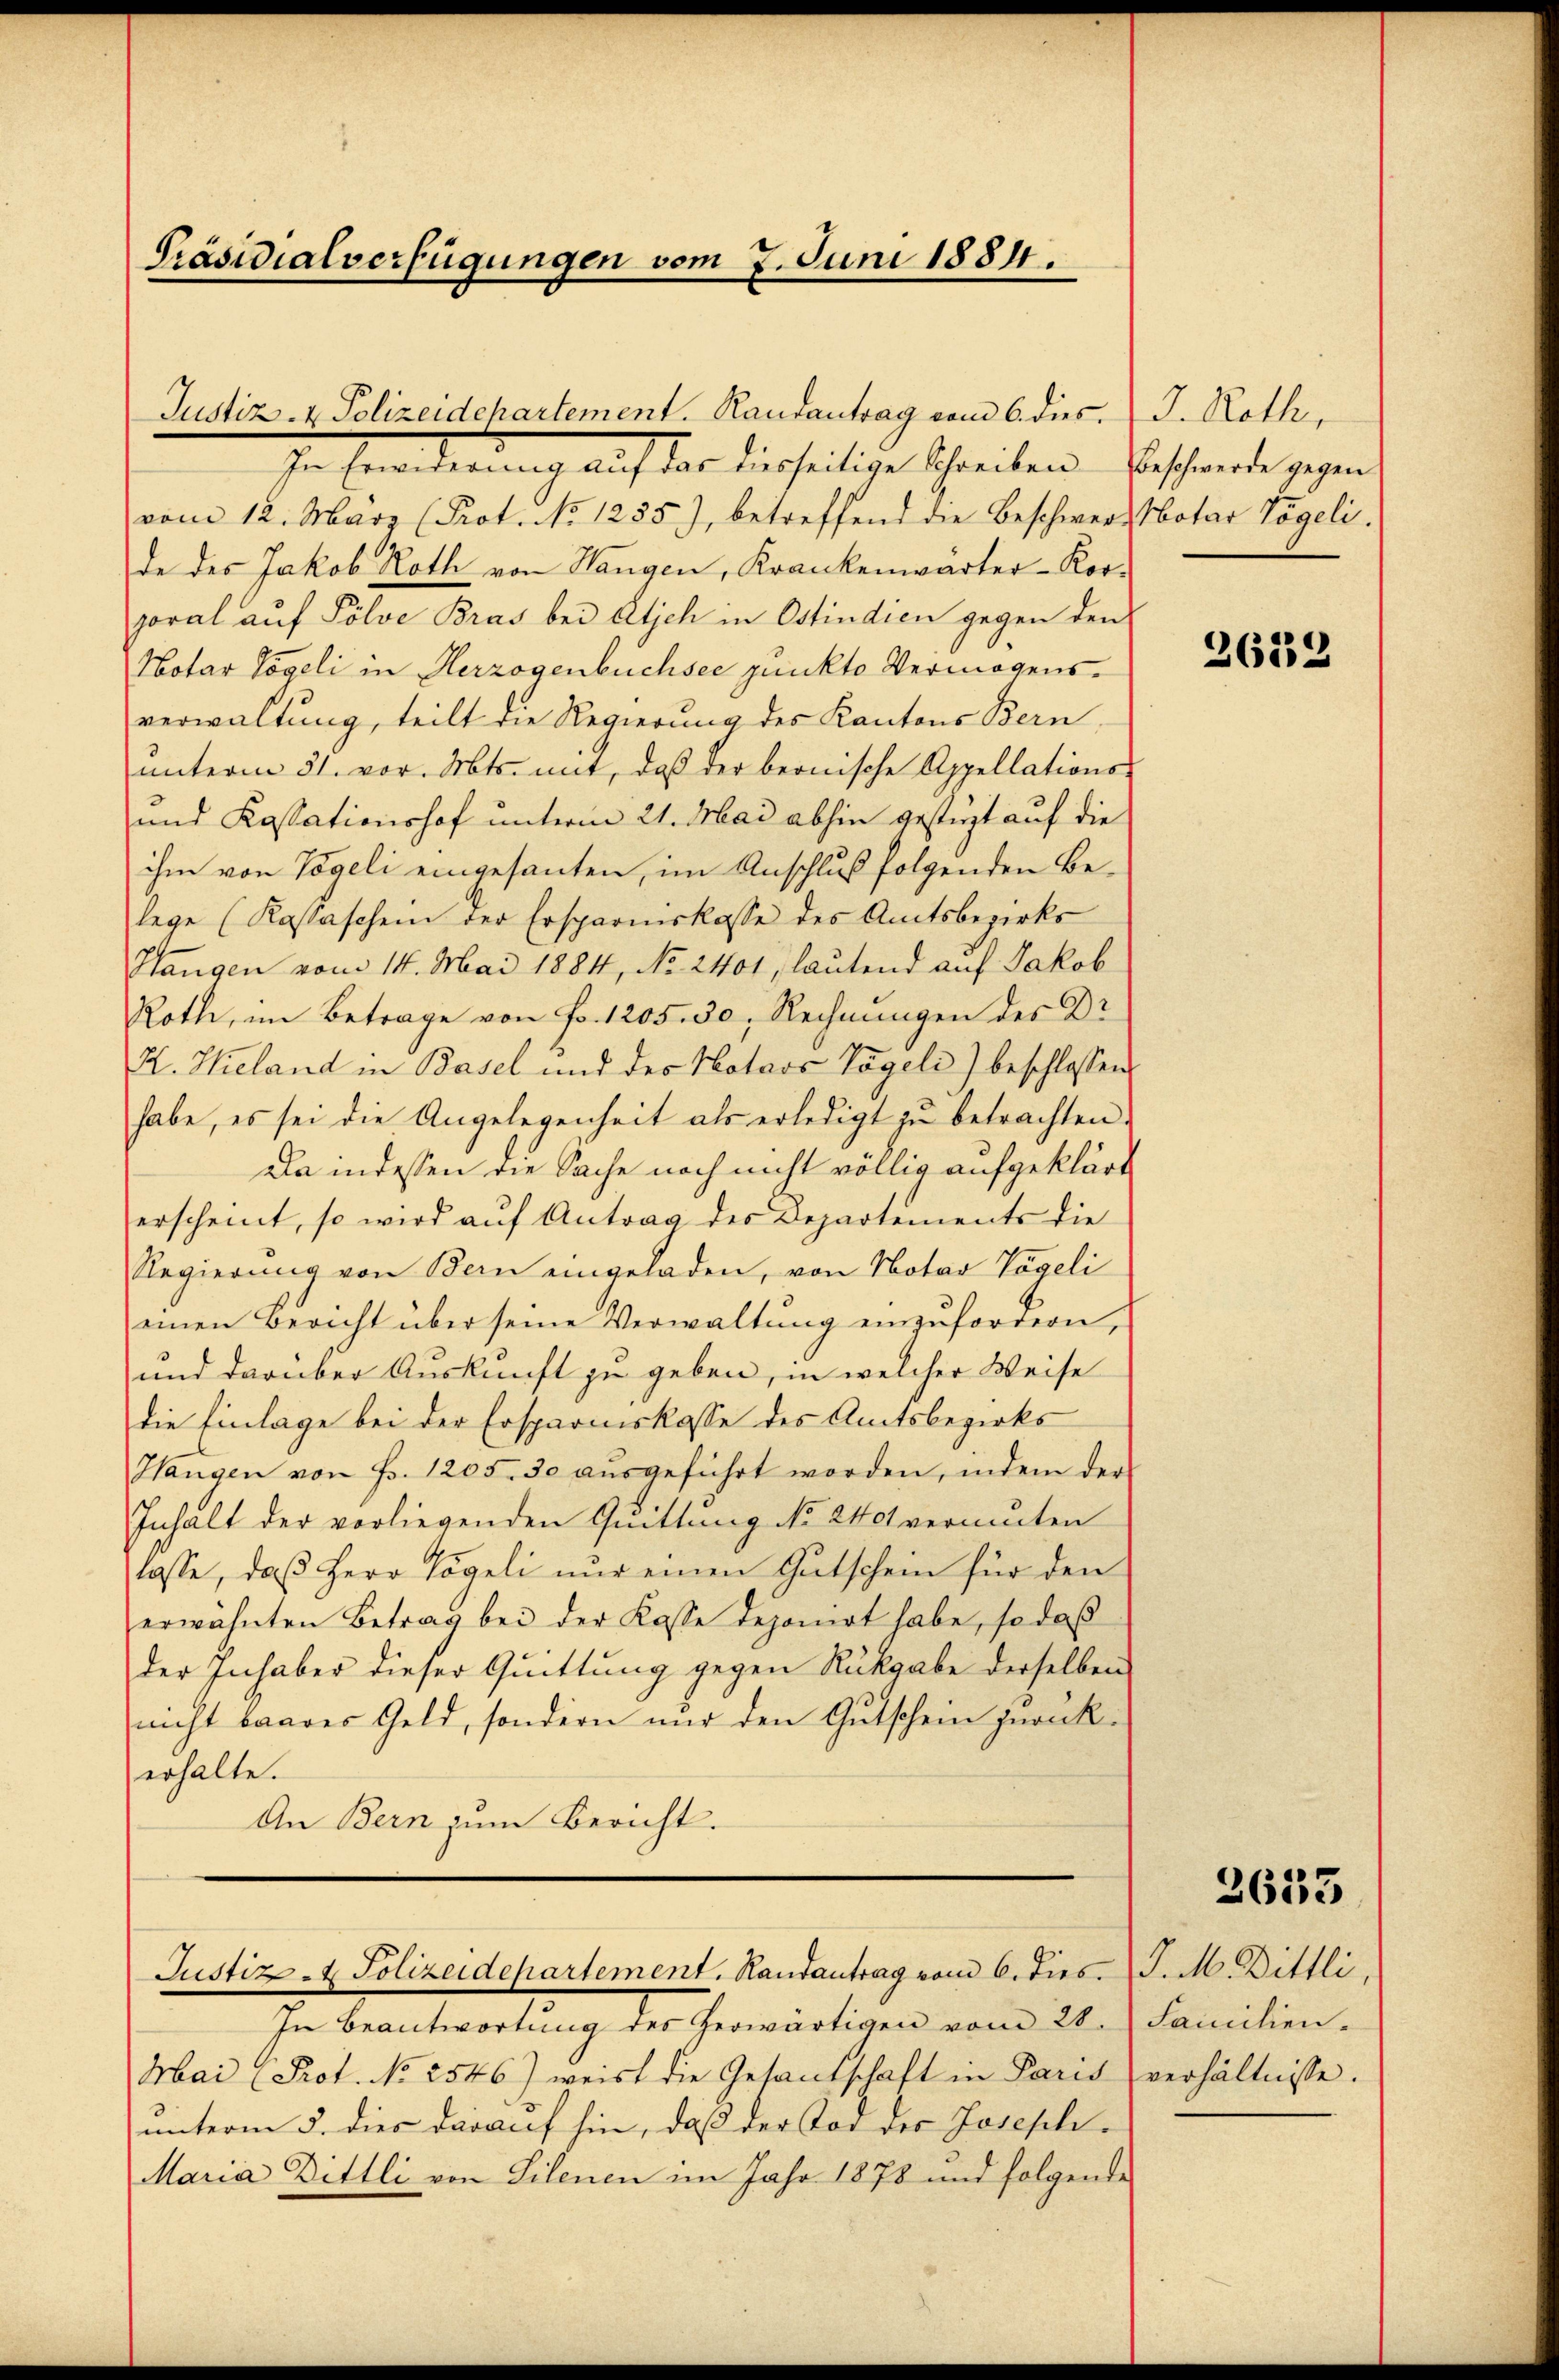
Präsidialverfügungen vom 7. Juni 1884.

Justiz- & Polizeidchartement. Randantrag vom 6. dies.
In Ermorderung auf das diesseitige Schreiben Beschende gegen
vom 12. März (Prot. No 1255), betreffend die Beschwere Notar Vögeli.
de des Jakob Roth von Hangen, Krankenwärter-Kor-
horal auf Pölve Bras bei Etich in Ostindien gegen den
Notar Vögeli in Herzogenbüchsee punkto Vermögensverwaltung, teilt die Regierung des Kantons Bern
ŭnterm 31. vor. Mts. mit, daß der beonische Appellations-
und Kassationshof unterm 21. Mai abhin gestüzt auf die
ihm von Vögeli eingesanten, im Anschluß folgenden Belege (Kassaschen der Ersparinskasse des Amtsbezirks¬
Hangen vom 14. Mai 1884, No 2401, lautend auf Jakob
Roth, im Betrage von Fr. 1205. 50. Rechnungen des Dr.
R. Wieland in Basel und des Notars Vögeli) beschlossen,
habe, es sei die Angelegenheit als erledigt zŭ betrachten.
Da indessen die Sache noch nicht völlig aufgeklärt
erscheint, so wird auf Antrag des Departements die
Regierŭng von Bern eingeladen, von Notar Vögeli
einen Bericht über seine Verwaltŭng einzufordern,
und darüber Auskunft zu geben, in welcher Weise
die Einlage bei der Ersparniskasse des Amtsbezirks
Hangen von Fr. 1205. 30 aŭsgeführt worden, indem der
Inhalt der vorliegenden Quittung No 240 vermuten
lasse, daß Herr Tögeli nur einen Gutschein für den
erwähnten Betrag bei der Kasse deponirt habe, so daß
der Inhaber dieser Quittung gegen Rückgabe derselben
nicht baares Geld, sondern nur den Gutschein zurückerhalte.
An Bern zum Bericht.
Justiz- & Polizeidepartement. Handantrag vom 6. dies. J. M. Dittli,
In Beantwortung des herwärtigen vom 28. Familien-
Mai (Prot. No 2546) weist die Gesandschaft in Paris
unterm 5. dies darauf hin, daß der Vor des Josephi¬
Maria Dittli von Silenen im Jahr 1878 und folgende

J. Roth,

2622

verhältnisse.

2633